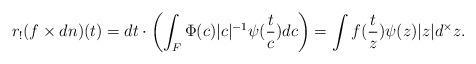
LaTeX: \begin{align*} r_!(f \times dn)(t) = dt \cdot \left(\int_F \Phi(c)|c|^{-1} \psi(\frac{t}{c}) d c \right) = \int f(\frac{t}{z}) \psi(z) |z| d^\times z.\end{align*}